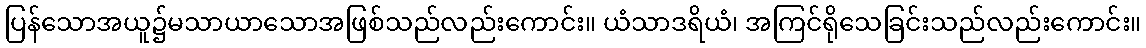
ပြန်သောအယူ၌မသာယာသောအဖြစ်သည်လည်းကောင်း။ ယံသာဒရိယံ၊ အကြင်ရိုသေခြင်းသည်လည်းကောင်း။